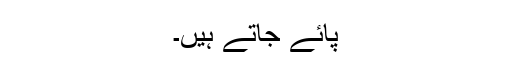
پائے جاتے ہیں۔